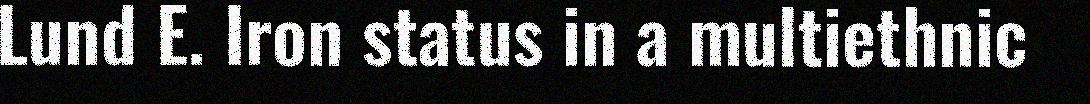
Lund E. Iron status in a multiethnic